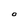
Character: O